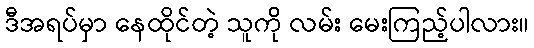
ဒီအရပ်မှာ နေထိုင်တဲ့ သူကို လမ်း မေးကြည့်ပါလား။